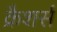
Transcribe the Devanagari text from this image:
क्रैशर्स